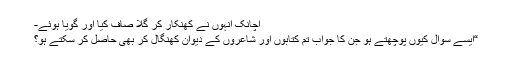
اچانک انہوں نے کھنکار کر گلا صاف کیا اور گویا ہوئے-
“ایسے سوال کیوں پوچھتے ہو جن کا جواب تم کتابوں اور شاعروں کے دیوان کھنگال کر بھی حاصل کر سکتے ہو؟